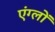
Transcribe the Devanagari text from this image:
एंग्लों